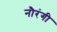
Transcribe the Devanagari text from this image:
नौरंगी